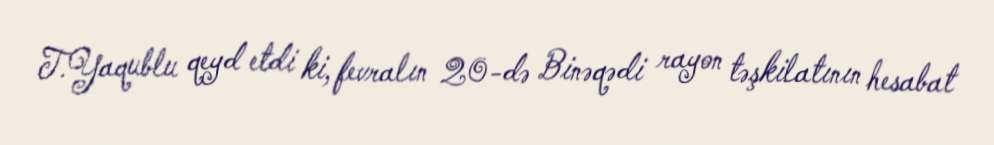
T.Yaqublu qeyd etdi ki, fevralın 20-də Binəqədi rayon təşkilatının hesabat